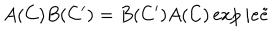
A ( C ) B ( C ^ { \prime } ) = B ( C ^ { \prime } ) A ( C ) \exp i e \tilde { e }